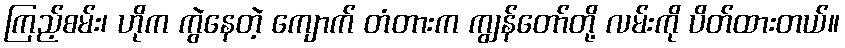
ကြည့်စမ်း၊ ဟိုက ကွဲနေတဲ့ ကျောက် တံတားက ကျွန်တော်တို့ လမ်းကို ပိတ်ထားတယ်။